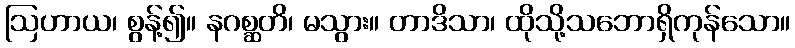
ဩဟာယ၊ စွန့်၍။ နဂစ္ဆတိ၊ မသွား။ တာဒိသာ၊ ထိုသို့သဘောရှိကုန်သော။